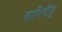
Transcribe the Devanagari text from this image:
बापिनीडु